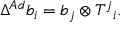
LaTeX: \Delta ^ { A d } b _ { i } = b _ { j } \otimes T ^ { j } { } _ { i } .